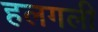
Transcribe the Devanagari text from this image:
हलगली